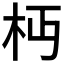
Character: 𣏜